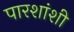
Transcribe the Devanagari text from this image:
पारशांशी